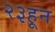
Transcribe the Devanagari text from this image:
२३हून